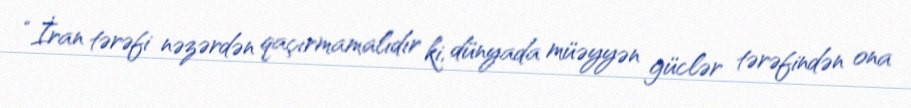
“İran tərəfi nəzərdən qaçırmamalıdır ki, dünyada müəyyən güclər tərəfindən ona